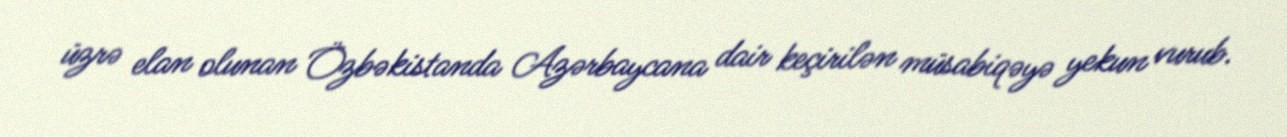
üzrə elan olunan Özbəkistanda Azərbaycana dair keçirilən müsabiqəyə yekun vurub.